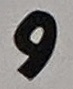
و